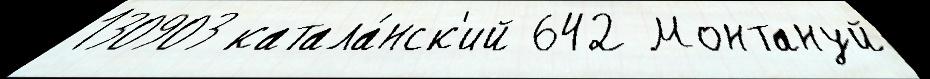
130903 катала́нск'ий 642 Монтануй